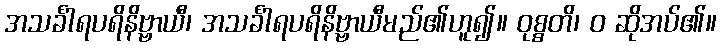
အသင်္ခါရပရိနိဗ္ဗာယီ၊ အသင်္ခါရပရိနိဗ္ဗာယီမည်၏ဟူ၍။ ဝုစ္စတိ၊ ဝ ဆိုအပ်၏။